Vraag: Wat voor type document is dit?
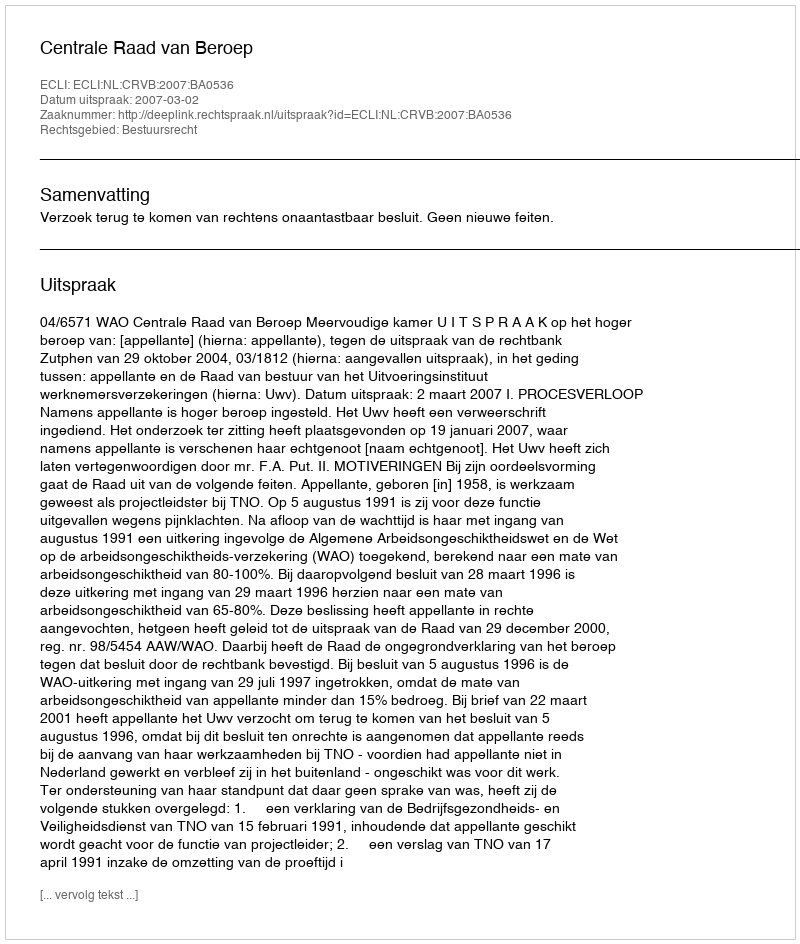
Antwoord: Uitspraak